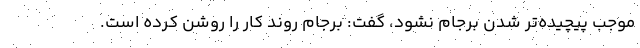
موجب پیچیده‌تر شدن برجام نشود، گفت: برجام روند کار را روشن کرده است.